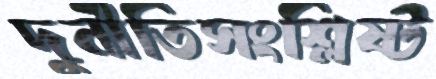
দুর্নীতিসংশ্লিষ্ট